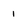
Character: 1